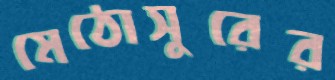
মেঠোসুরের